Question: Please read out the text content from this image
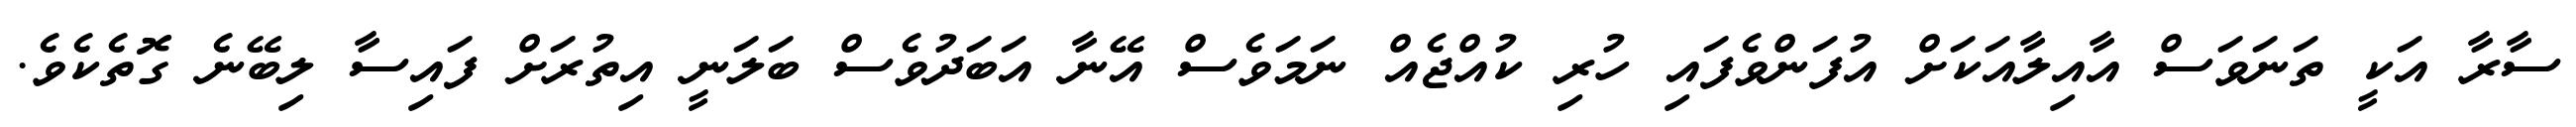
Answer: ސާރާ އަކީ ތަނަވަސް އާއިލާއަކަށް އުފަންވެފައި ހުރި ކުއްޖެއް ނަމަވެސް އޭނާ އަބަދުވެސް ބަލަނީ އިތުރަށް ފައިސާ ލިބޭނެ ގޮތެކެވެ.